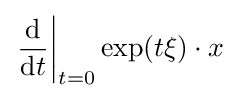
\left.{\frac {\mathrm {d} }{\mathrm {d} t}}\right|_{t=0}\exp(t\xi )\cdot x